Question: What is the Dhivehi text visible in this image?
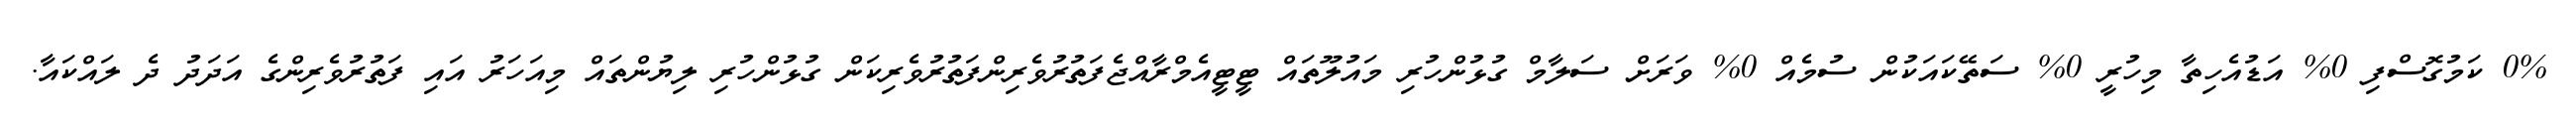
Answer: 0% ކަމުގޮސްފި 0% އަޑުއެހިތާ މިހުރީ 0% ސަތޭކައަކުން ސުމެއް 0% ވަރަށް ސަލާމް ގުޅުންހުރި މައުލޫތައް ޓީޓީއެމްރާއްޖެފަތުރުވެރިންފަތުރުވެރިކަން ގުޅުންހުރި ލިޔުންތައް މިއަހަރު އައި ފަތުރުވެރިންގެ އަދަދު ދެ ލައްކައާ.